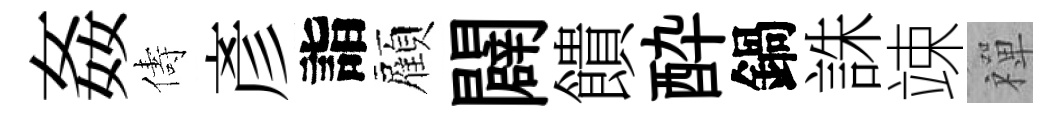
姦儔彥詣顏闢饋酔鍋誅竦禪